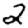
Digit: 2